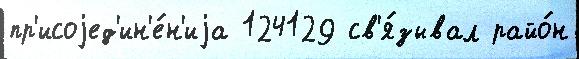
пр'исоjед'ин'е́н'иjа 124129 св'я́зывал райо́н